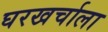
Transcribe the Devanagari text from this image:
घरखर्चाला